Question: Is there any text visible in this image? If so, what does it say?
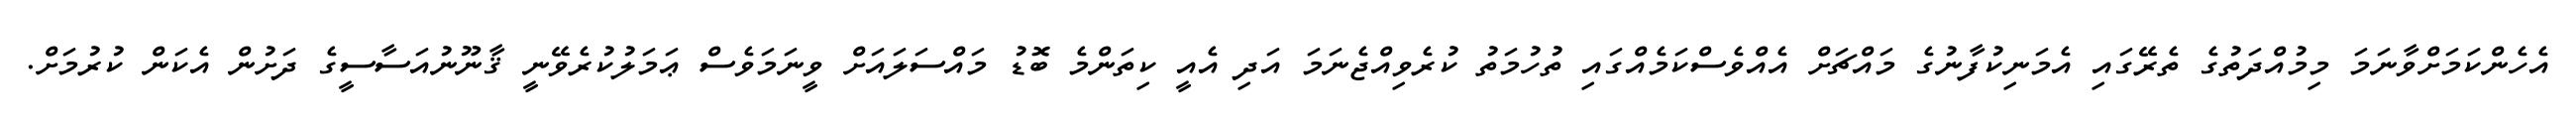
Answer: އެހެންކަމަށްވާނަމަ މިމުއްދަތުގެ ތެރޭގައި އެމަނިކުފާނުގެ މައްޗަށް އެއްވެސްކަމެއްގައި ތުހުމަތު ކުރެވިއްޖެނަމަ އަދި އެއީ ކިތަންމެ ބޮޑު މައްސަލައަށް ވީނަމަވެސް ޢަމަލުކުރެވޭނީ ޤާނޫނުއަސާސީގެ ދަށުން އެކަން ކުރުމަށް.